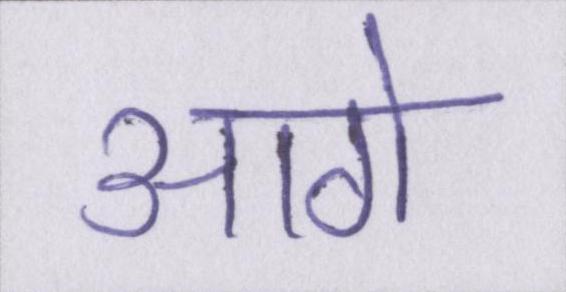
आगे